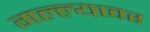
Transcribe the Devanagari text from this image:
गल्ल्यावर